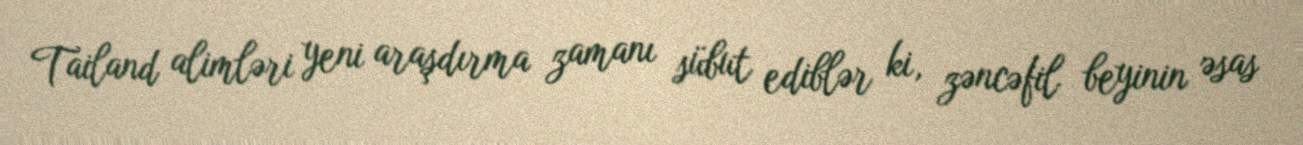
Tailand alimləri yeni araşdırma zamanı sübut ediblər ki, zəncəfil beyinin əsas